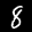
Label: 8